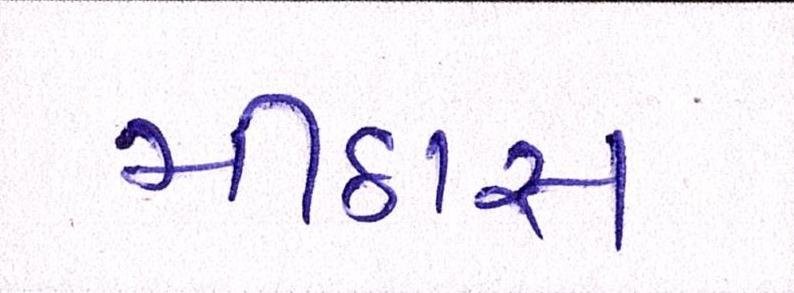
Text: મીઠાસ